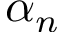
\alpha _ { n }